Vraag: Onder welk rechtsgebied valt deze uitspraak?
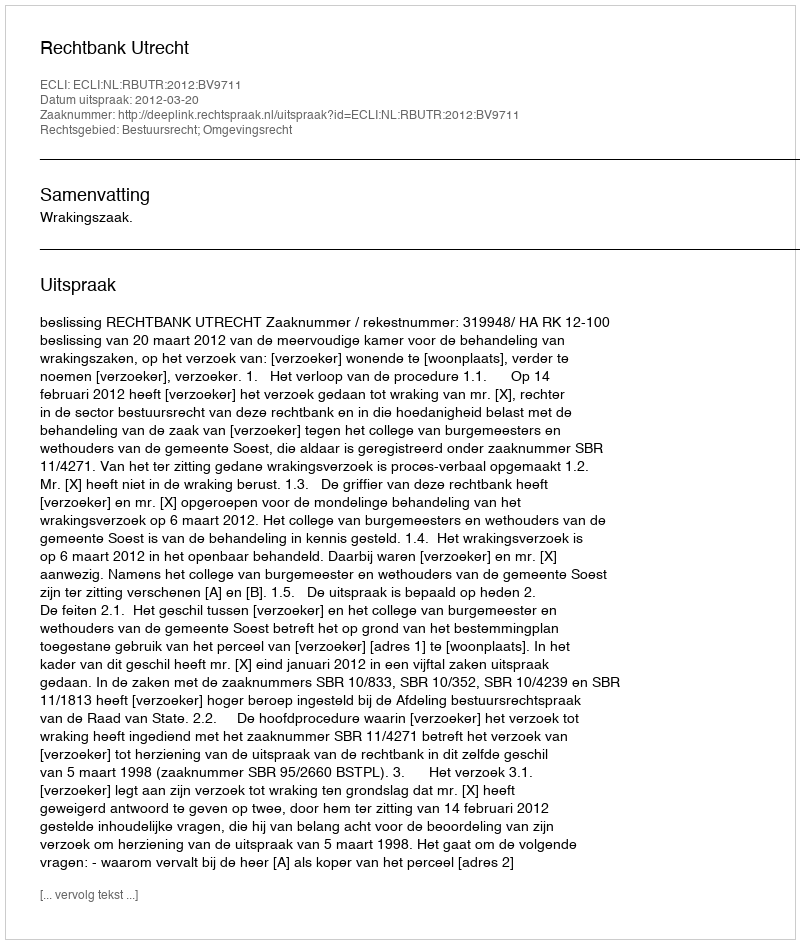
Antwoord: Bestuursrecht; Omgevingsrecht